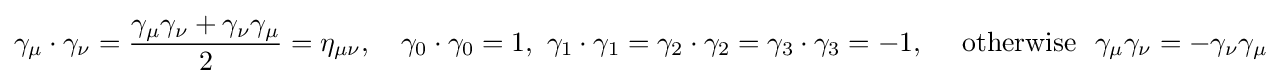
\gamma _{\mu }\cdot \gamma _{\nu }={\frac {\gamma _{\mu }\gamma _{\nu }+\gamma _{\nu }\gamma _{\mu }}{2}}=\eta _{\mu \nu },\quad \gamma _{0}\cdot \gamma _{0}=1,\ \gamma _{1}\cdot \gamma _{1}=\gamma _{2}\cdot \gamma _{2}=\gamma _{3}\cdot \gamma _{3}=-1,\quad {\text{ otherwise }}\ \gamma _{\mu }\gamma _{\nu }=-\gamma _{\nu }\gamma _{\mu }